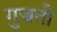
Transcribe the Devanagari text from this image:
गुज्रती